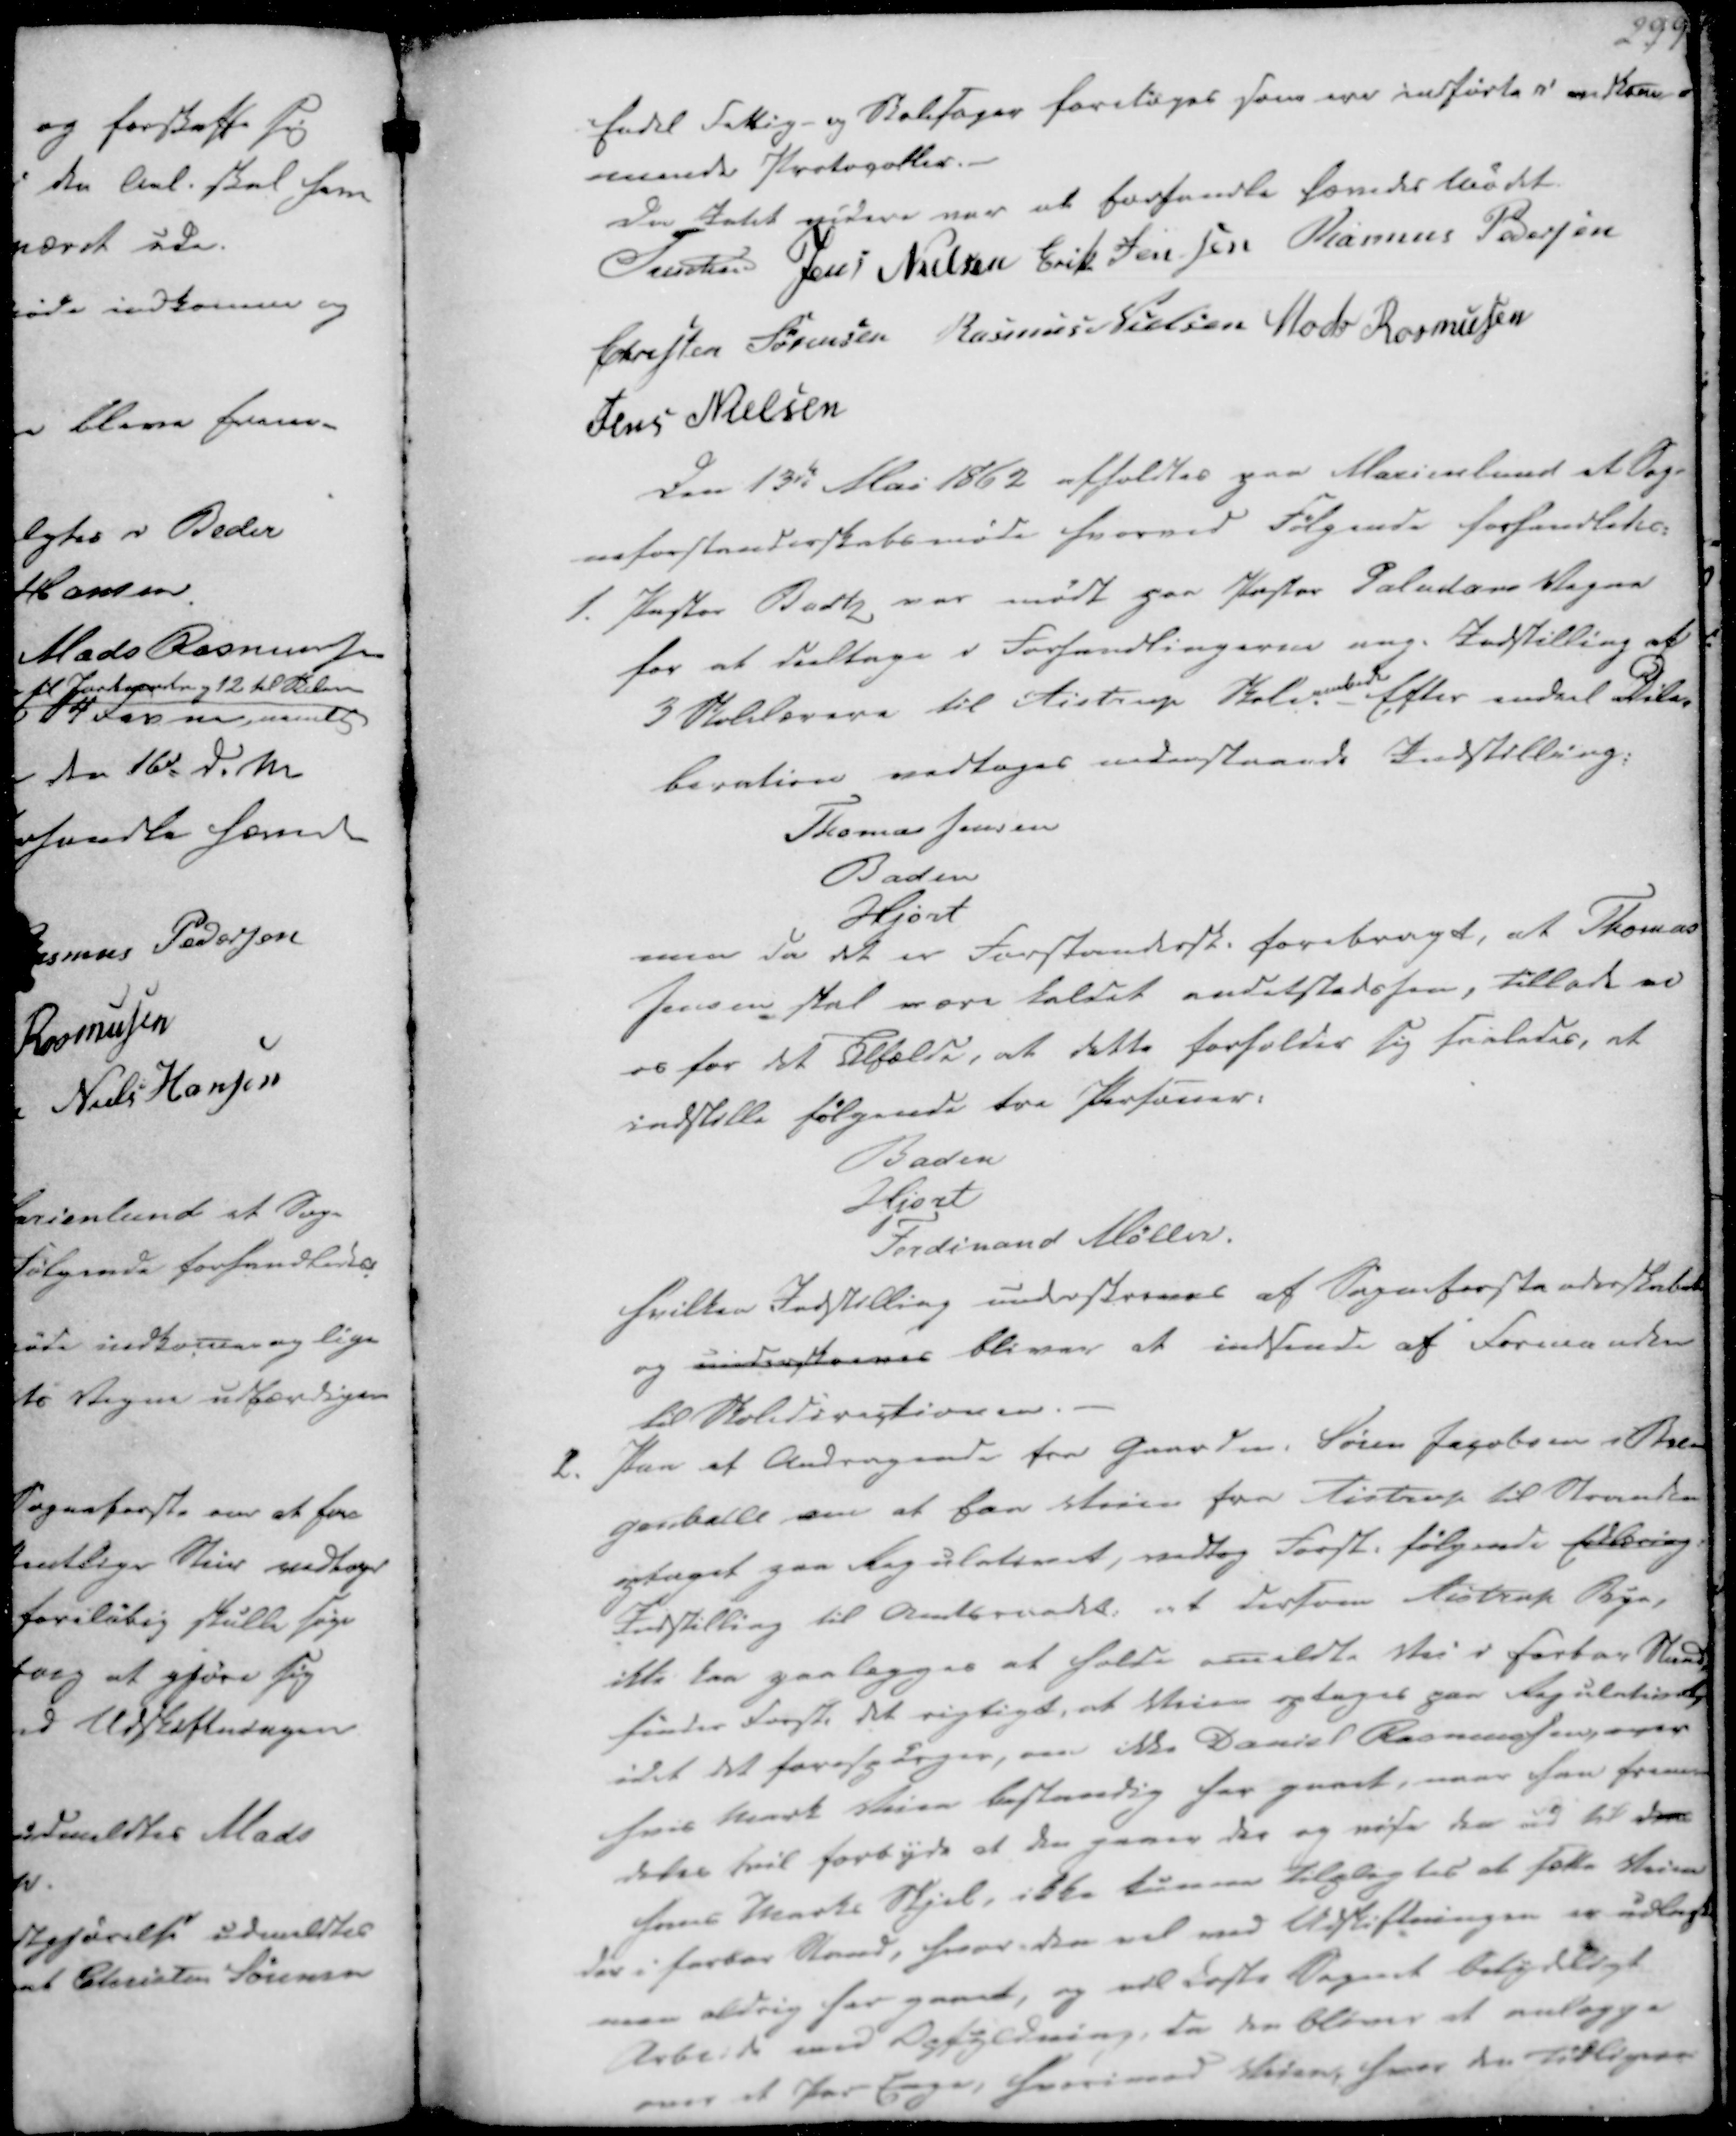
Transskription:
Endel Fattig- og Skolesager foretages som ere indførte i vedkom-
mende Protocoller.-

Da Intet videre var at forhandle hævedes Mødet.
Treschov
Jens Nielsen
Erik Jensen
Rasmus Pedersen
Christen Sørensen
Rasmus Nielsen
Mads Rasmussen
Jens Nielsen

Den 13de Mai 1862 afholdtes paa Marienlund et Sog-
neforstanderskabsmøde hvorved Følgende forhandledes:

1. Pastor Badtz var mødt paa Pastor Paludans Vegne
for at deeltage i Forhandlingerne ang. Indstilling af
3 Skolelærere til Aistrup Skoleembede. Efter endeel Dile-
beration vedtoges understaaede Indstilling:
Thomas Jensen
Baden
Hjort
men da det er Forstandersk. forebragt, at Thomas
Jensen skal være kaldet andetstedshen, tillade ei
os for det Tilfælde, at dette forholder sig saaledes, at
indstille følgende tre Personer:
Baden
Hjort
Ferdinand Møller.
hvilken Indstilling underskreves af Sogneforstanderskabet
og underskreves bliver at indsende af Formanden
til Skoledirectionen.

2. Paa et Andragende fra Gaardm. Søren Jacobsen i Bre-
genballe om at faa Veien fra Aistrup til Stranden
optaget paa Regulativet, vedtog Forst. følgende Erklæring
Indstilling til Amtsraadet: at dersom Aistrup Bye,
ikke kan paalægges at holde anmeldte Vei i farbar Stand,
finder Forst. det rigtigt, at Veien optages paa Regulativet,
idet det forespørger, om ikke Daniel Rasmussen, over
hvis Mark Veien bestandig har gaaet, naar han frem-
deles hvil forbyde at den gaaer der og vise den ud til dens
hans Marks Skjel, ikke kunne Tilpligtes at sætte Veien
der i farbar Stand, hvor den vel med Udskiftningen er udlagt
men aldrig har gaaet, og vil koste Sognet betydeligt
Arbeide med Opfyldning, da den bliver at anlægge
over et Par Enge, hvorimod Veien, hvor den tidligere